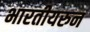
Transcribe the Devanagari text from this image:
भारतीयरुन